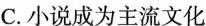
C.小说成为主流文化